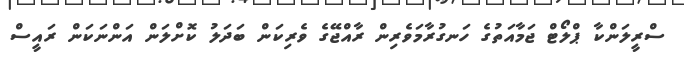
ސްރީލަންކާ ޕްލޯޓް ޖަމާއަތުގެ ހަނގުރާމަވެރިން ރާއްޖޭގެ ވެރިކަން ބަދަލު ކޮށްލަން އަންނަކަން ރައީސް